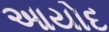
આયોદ